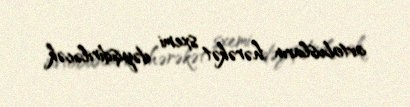
avtobusların hərəkət sxemi dəyişdiriləcək.